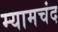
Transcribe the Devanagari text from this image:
म्यामचंद